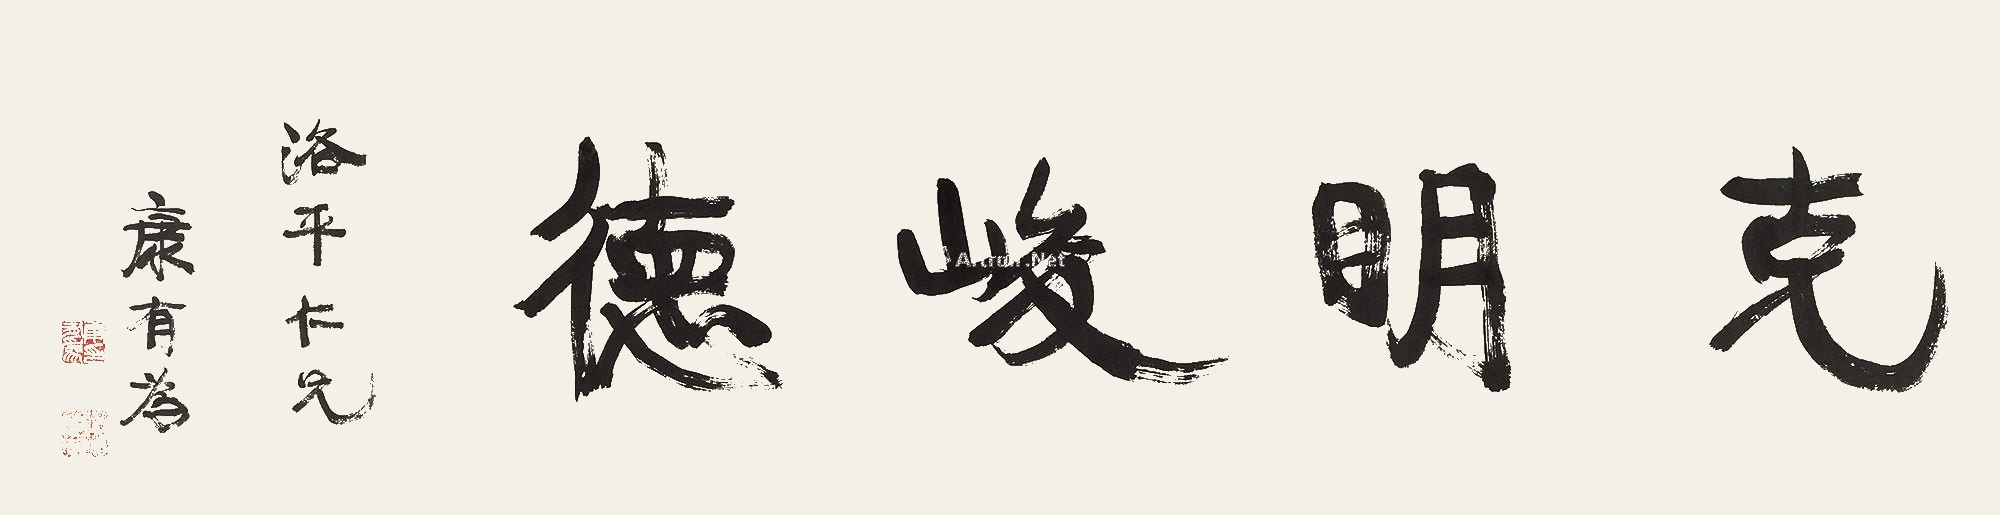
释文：克明俊德洛平仁兄，康有为。